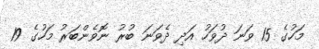
މަހުގެ 15 ވަނަ ދުވަހު އަދި ދެވަނަ ބުރު ނޮވެންބަރު މަހުގެ 19